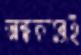
অন্ধকারেই